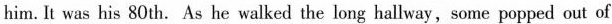
him.It was his 80th. As he walked the long hallway,some popped out of